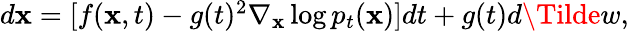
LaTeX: \begin{array}{r}{d\mathbf{x}=[f(\mathbf{x},t)-g(t)^{2}\nabla_{\mathbf{x}}\log p_{t}(\mathbf{x})]dt+g(t)d\Tilde{w},}\end{array}